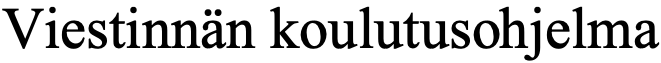
Viestinnän koulutusohjelma